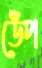
ডেঁপ